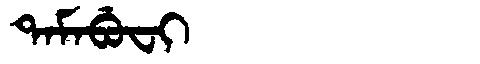
Manchu: ᡨᠠᠮᠠᠪᡠᠸᡳ
Romanization: TAMABUFI